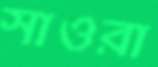
সাওরা